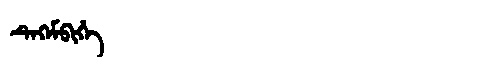
Manchu: ᡨᡝᡴᡝᠮᠪᡳᡥᡝ
Romanization: TEKEMBIHE